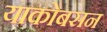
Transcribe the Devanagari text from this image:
याकोबसन